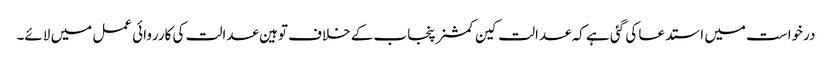
درخواست میں استدعا کی گئی ہے کہ عدالت کین کمشنر پنجاب کے خلاف توہین عدالت کی کارروائی عمل میں لائے۔